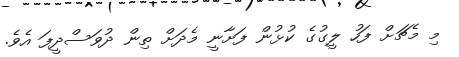
މި މެޗަށް ފަހު ލީގުގެ ކުޅުން ފަށާނީ މެދަށް ތިން ދުވަސްދީފަ އެވެ.